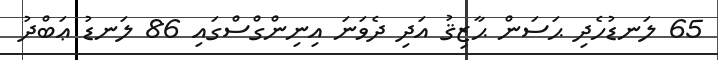
65 ލަނޑުހެދި ޙަސަން ޙާޒިޤު އަދި ދެވަނަ އިނިންގްސްގައި 86 ލަނޑު ޢަބްދު